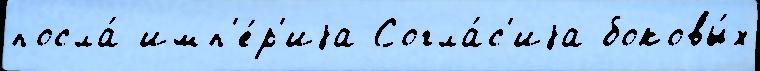
посла́ имп'е́р'иjа Согла́с'иjа боковы́х